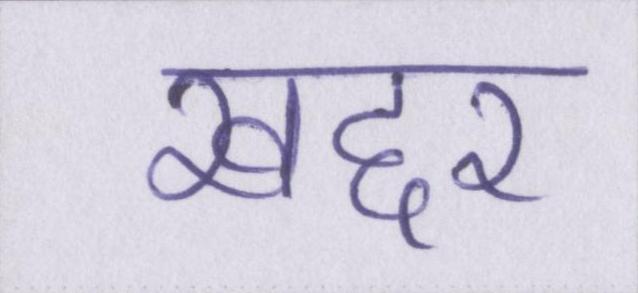
खद्दर